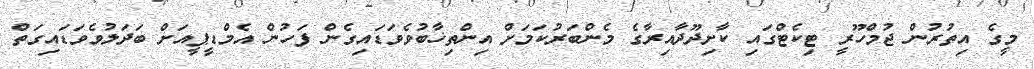
މީގެ އިތުރުން ޖުމްހޫރީ ޓިކެޓްގައި ކާށިދޫދާއިރާގެ މެންބަރުކަމަށް އިންތިޚާބުވެވަޑައިގެން ފަހުން އެމްޑީޕީއަށް ބަދަލުވެވަޑައިގަތް